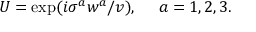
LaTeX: U = \exp ( i \sigma ^ { a } w ^ { a } / v ) , \ \ \ \ a = 1 , 2 , 3 .